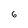
Character: 6